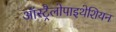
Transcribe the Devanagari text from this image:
ऑस्ट्रैलोपाइथेशियन